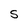
Character: S